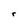
Character: r